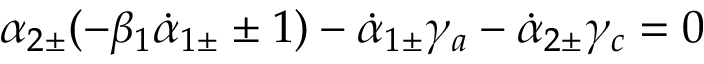
\alpha _ { 2 \pm } ( - \beta _ { 1 } \dot { \alpha } _ { 1 \pm } \pm 1 ) - \dot { \alpha } _ { 1 \pm } \gamma _ { a } - \dot { \alpha } _ { 2 \pm } \gamma _ { c } = 0